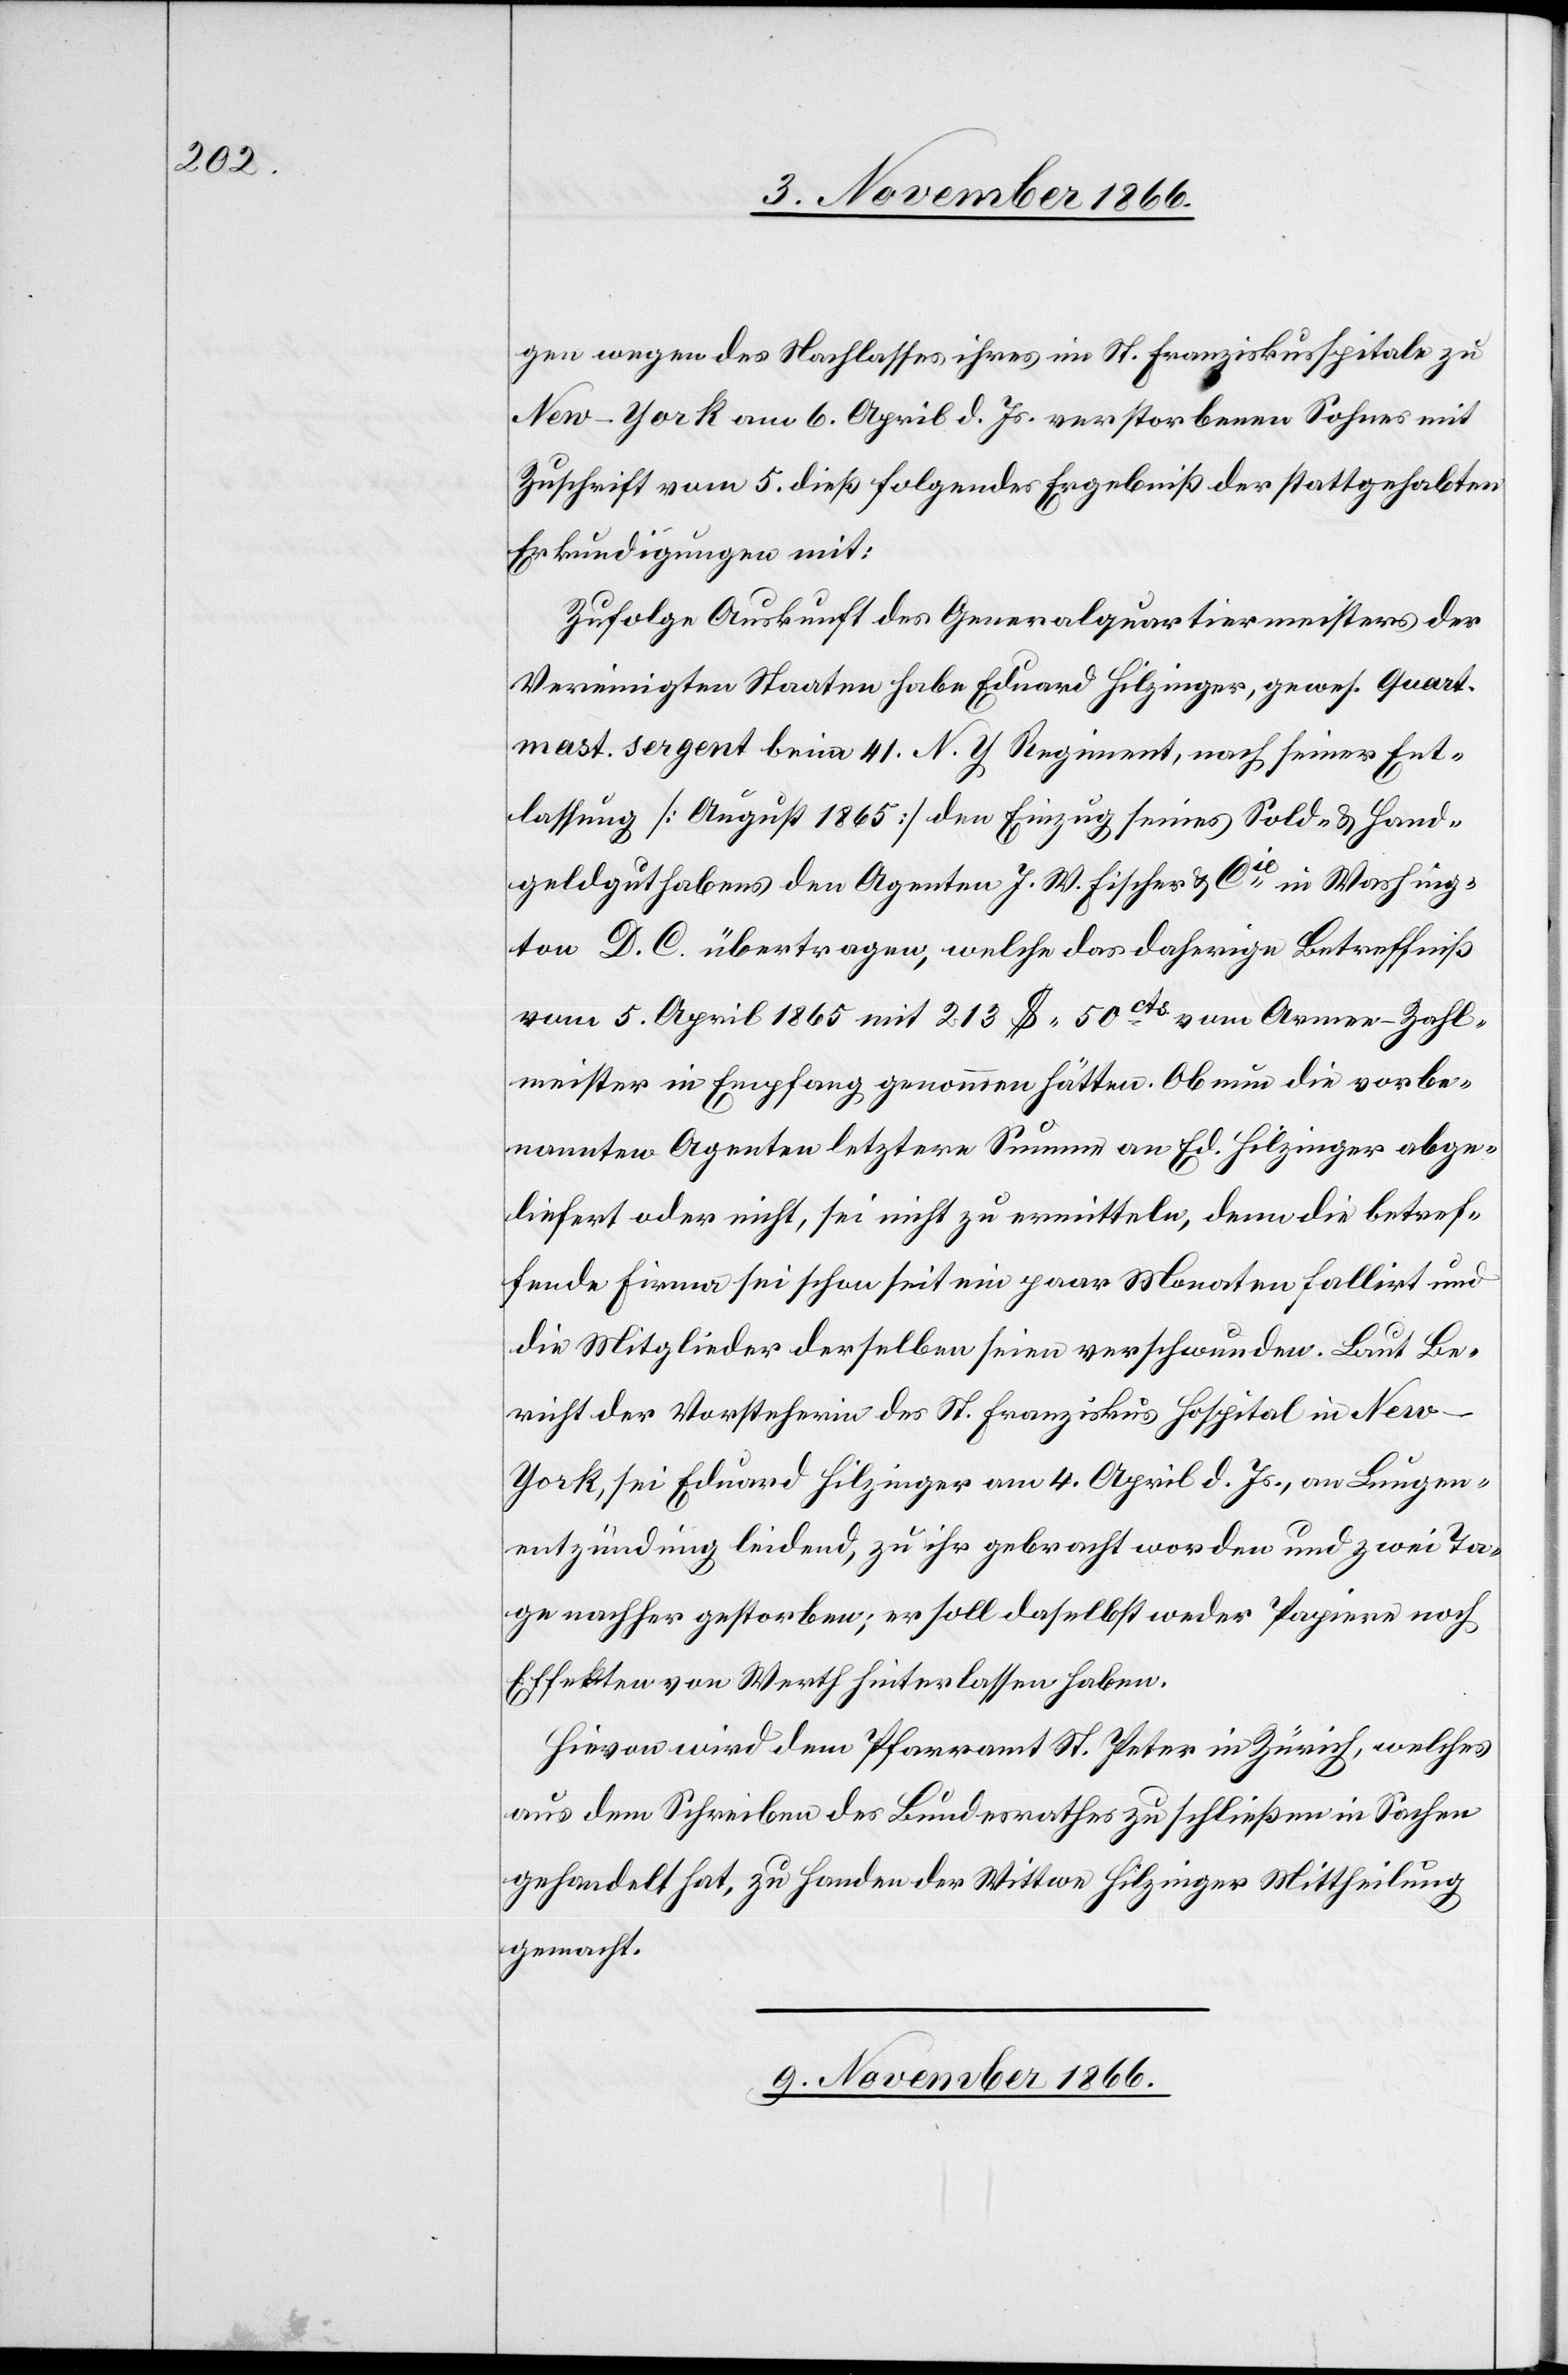
9. November 1866.
gen wegen des Nachlasses ihres im St. Franziskusspitale zu
New-York am 6. April d. Js. verstorbenen Sohnes mit
Zuschrift vom 5. dieß folgendes Ergebniß der stattgehabten
Erkundigungen mit:
Zufolge Auskunft des Generalquartiermeisters der
Vereinigten Staaten habe Eduard Hilzinger, gewes. Quart.
mast. sergent beim 41. N. Y. Regiment, nach seiner Ent¬
lassung [August 1865] den Einzug seines Sold- & Hand¬
geldguthabens den Agenten J. W. Fischer & Cie. in Washing¬
ton D. C. übertragen, welche das daherige Betreffniß
vom 5. April 1865 mit 213 $ .50 cts. vom Armee-Zahl¬
meister in Empfang genommen hätten. Ob nun die vorbe¬
nannten Agenten letztere Summe an Ed. Hilzinger abge¬
liefert oder nicht, sei nicht zu ermitteln, denn die betref¬
fende Firma sei schon seit ein paar Monaten fallirt und
die Mitglieder derselben seien verschwunden. Laut Be¬
richt der Vorsteherin des St. Franziskus Hospital in Ne¬
w-York, sei Eduard Hilzinger am 4. April d. Js., an Lungen¬
entzündung leidend, zu ihr gebracht worden und zwei Ta¬
ge nachher gestorben; er soll daselbst weder Papiere noch
Effekten von Werth hinterlassen haben.
Hievon wird dem Pfarramt St. Peter in Zürich, welches
aus dem Schreiben des Bundesrathes zu schließen in Sachen
gehandelt hat, zu Handen der Wittwe Hilzinger Mittheilung
gemacht.